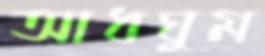
আধঘুম